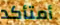
أمتأكد